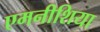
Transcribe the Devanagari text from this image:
एमनीशिया